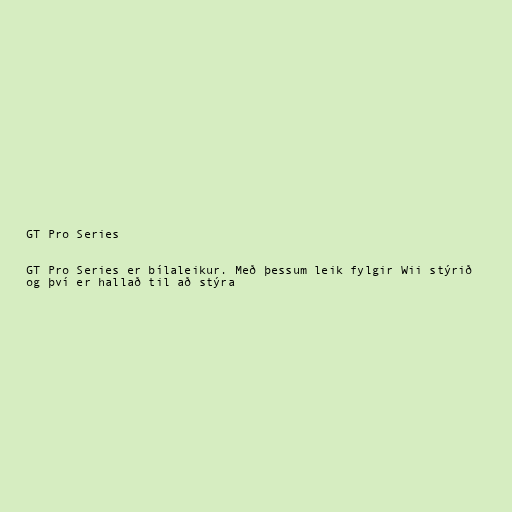
GT Pro Series

GT Pro Series er bílaleikur. Með þessum leik fylgir Wii stýrið
og því er hallað til að stýra